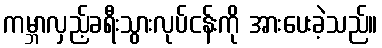
ကမ္ဘာလှည့်ခရီးသွားလုပ်ငန်းကို အားပေးခဲ့သည်။